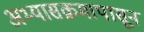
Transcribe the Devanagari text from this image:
अभ्यासक्रमापासून